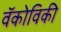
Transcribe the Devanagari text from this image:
वॅकोविकी